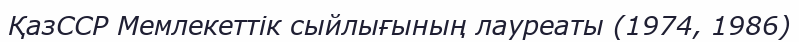
ҚазССР Мемлекеттік сыйлығының лауреаты (1974, 1986)